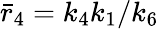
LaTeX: \bar{r}_{4}=k_{4}k_{1}/k_{6}